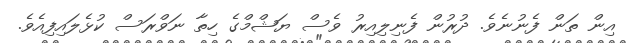
އިން ތަން ފެނުނެވެ. ދުރުން ފެނިލިއިރު ވެސް ޔަޝްމްގެ ހިތާ ނަވްރަސް ކުޅެލައިފިއެވެ.